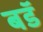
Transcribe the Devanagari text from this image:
बडॅ